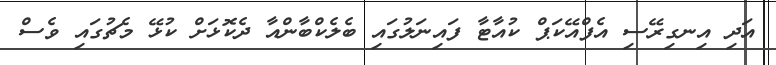
އަދި އިނގިރޭސި އެފްއޭކަޕް ކުއާޓާ ފައިނަލުގައި ބެލެކްބާންއާ ދެކޮޅަށް ކުޅޭ މެޗުގައި ވެސް